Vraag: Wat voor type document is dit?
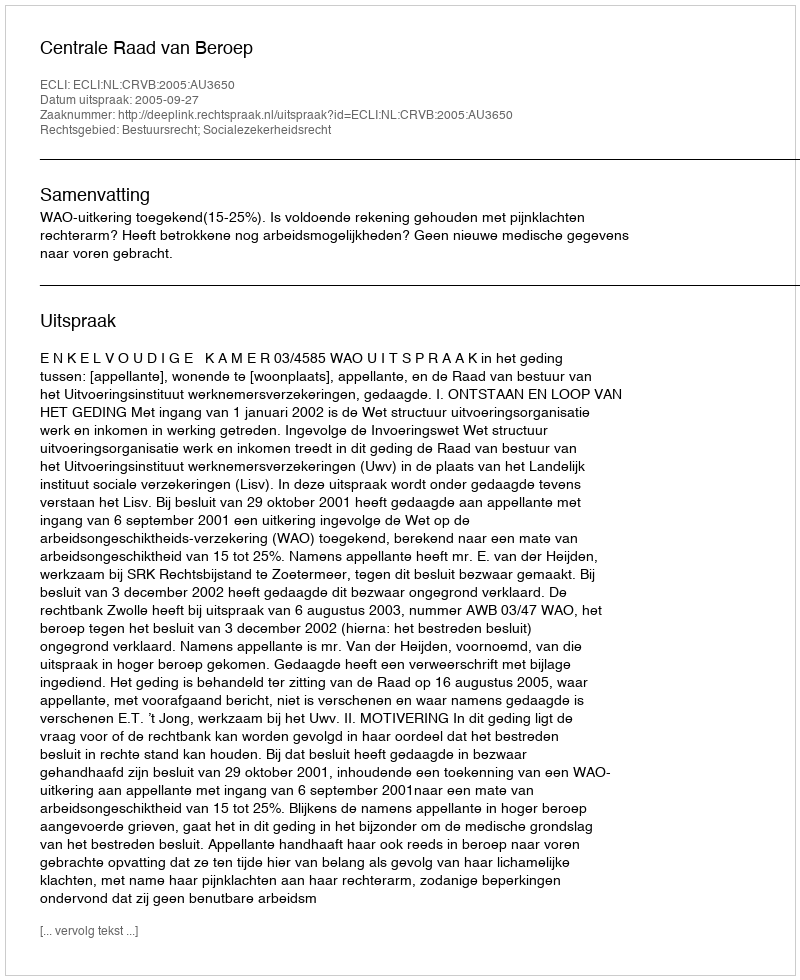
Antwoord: Uitspraak